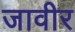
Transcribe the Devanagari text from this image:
जावीर